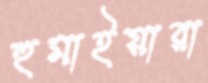
হুমাইয়ারা